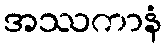
အဿကာနံ